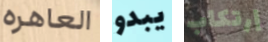
العاهره يبدو إرتكاب